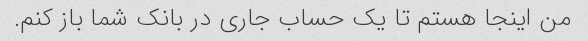
من اینجا هستم تا یک حساب جاری در بانک شما باز کنم.